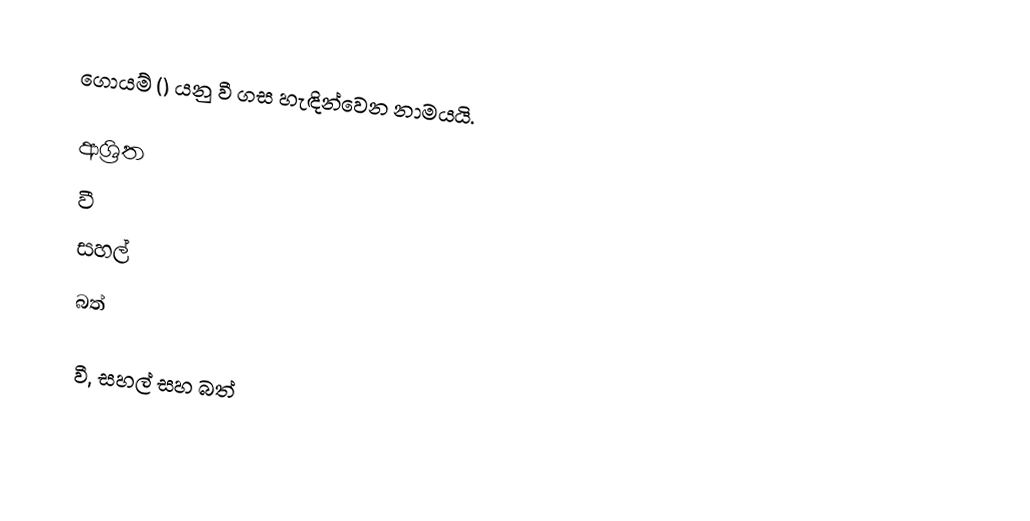
ගොයම් () යනු වී ගස හැඳින්වෙන නාමයයි.

ආශ්‍රිත
 වී
 සහල්
 බත්

වී, සහල් සහ බත්